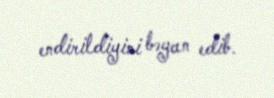
endirildiyini bəyan edib.